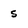
Character: s